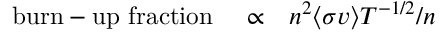
\begin{array} { l l l } { { \mathrm { b u r n - u p ~ f r a c t i o n ~ } } } & { \propto } & { n ^ { 2 } \langle \sigma v \rangle T ^ { - 1 / 2 } / n } \end{array}